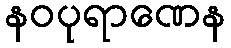
နဝပုရာဏေန